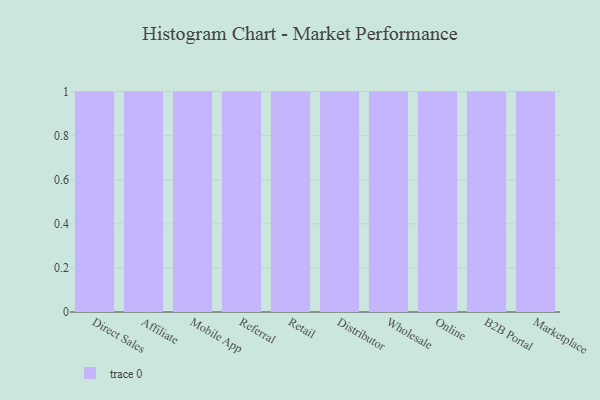
{"axis": {"x": "Channel", "y": "Satisfaction Score"}, "legend": [""], "data": [{"x": "Direct Sales", "y": 45, "type": ""}, {"x": "Affiliate", "y": 47, "type": ""}, {"x": "Mobile App", "y": 12, "type": ""}, {"x": "Referral", "y": 99, "type": ""}, {"x": "Retail", "y": 64, "type": ""}, {"x": "Distributor", "y": 59, "type": ""}, {"x": "Wholesale", "y": 60, "type": ""}, {"x": "Online", "y": 33, "type": ""}, {"x": "B2B Portal", "y": 15, "type": ""}, {"x": "Marketplace", "y": 100, "type": ""}]}